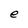
Character: e